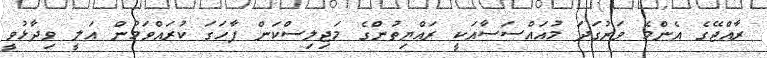
ރާއްޖޭގެ އެންމެ ވަރުގަދަ މުއައްސަސާއަކީ ރައްޔިތުންގެ މަޖިލިސްކަން ފާހަގަ ކުރައްވަމުން އަލީ ވިދާޅުވީ